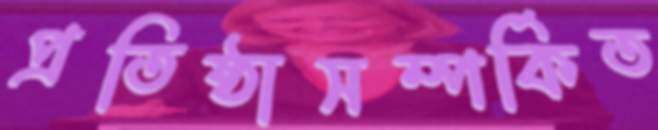
প্রতিষ্ঠাসম্পর্কিত